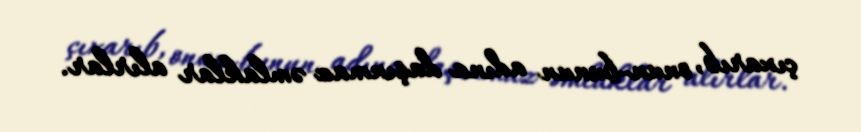
çıxarıb, onun-bunun adına daşınmaz əmlaklar alırlar.